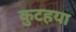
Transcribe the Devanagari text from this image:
कुटहया